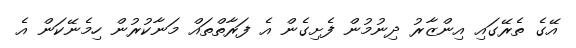
އޭގެ ތެރޭގައި އިންޒާރު ދިނުމުން ފެށިގެން އެ ފަރާތްތައް މަނާކުރުން ހިމެނޭކަން އެ